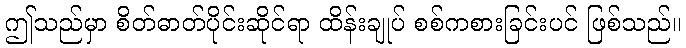
ဤသည်မှာ စိတ်ဓာတ်ပိုင်းဆိုင်ရာ ထိန်းချုပ် စစ်ကစားခြင်းပင် ဖြစ်သည်။